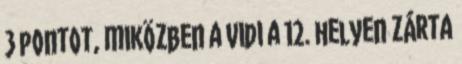
3 pontot, miközben a Vidi a 12. helyen zárta